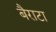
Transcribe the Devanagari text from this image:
बैराटा